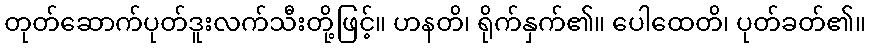
တုတ်ဆောက်ပုတ်ဒူးလက်သီးတို့ဖြင့်။ ဟနတိ၊ ရိုက်နှက်၏။ ပေါထေတိ၊ ပုတ်ခတ်၏။